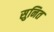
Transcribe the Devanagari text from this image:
सुनित